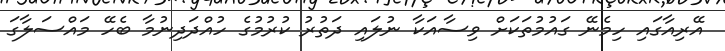
އޭރިއާގައި ހިމެނޭ ގައުމުތަކަށް ވިސާއަކާ ނުލައި ދަތުރު ކުރުމުގެ ހުއްދަދިނުމާ ބެހޭ މައްސަލާގަ